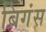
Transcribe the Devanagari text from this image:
बिगंस